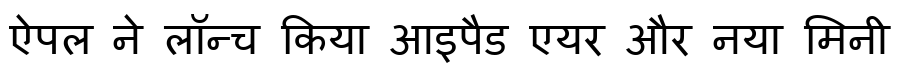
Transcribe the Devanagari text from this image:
ऐपल ने लॉन्च किया आइपैड एयर और नया मिनी